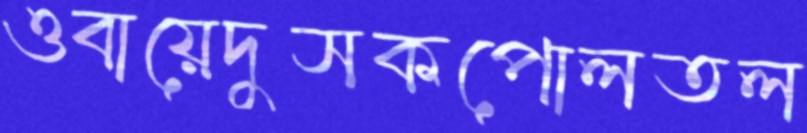
ওবায়েদুসকপোলতল